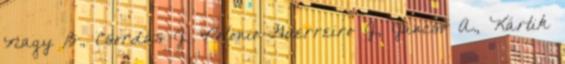
Nagy B., Csordás J., Polonio-Guerreiro J., Jancsó A., Kártik